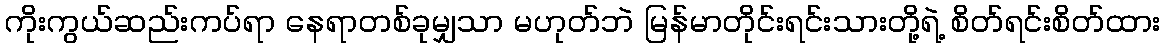
ကိုးကွယ်ဆည်းကပ်ရာ နေရာတစ်ခုမျှသာ မဟုတ်ဘဲ မြန်မာတိုင်းရင်းသားတို့ရဲ့ စိတ်ရင်းစိတ်ထား